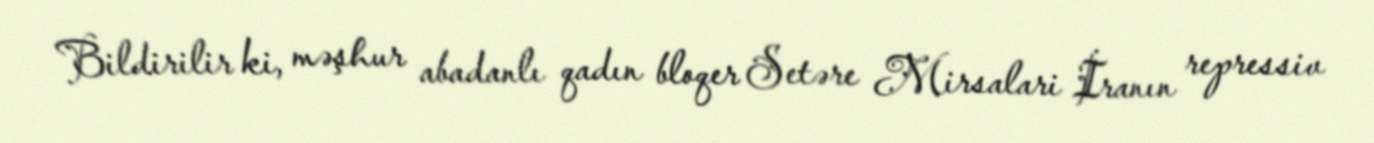
Bildirilir ki, məşhur abadanlı qadın bloqer Setəre Mirsalari İranın repressiv